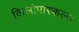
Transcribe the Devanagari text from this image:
किलोपास्कल्स